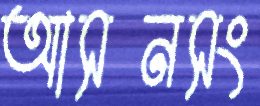
আসনসং